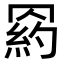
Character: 𦋩